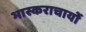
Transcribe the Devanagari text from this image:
भास्कराचार्यो